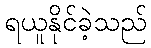
ရယူနိုင်ခဲ့သည်